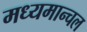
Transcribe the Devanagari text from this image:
मध्यमान्चल